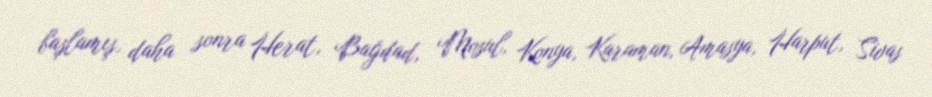
başlamış, daha sonra Herat, Bağdad, Mosul, Konya, Karaman, Amasya, Harput, Sivas